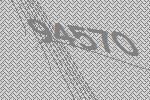
94570